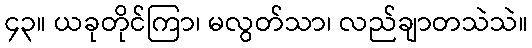
၄၃။ ယခုတိုင်ကြာ၊ မလွတ်သာ၊ လည်ချာတသဲသဲ။